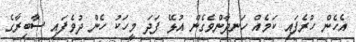
އެހެން ހުރެފައި ކަމެއް ހަނދާންވެގެން އުޅޭ ފަދަ މީހަކު ހެން ދުވެފައި ޞާބިރާގެ